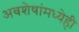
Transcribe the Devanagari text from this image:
अवशेषांमध्येही